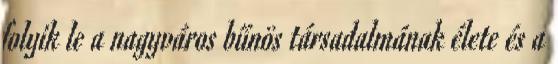
folyik le a nagyváros bűnös társadalmának élete és a